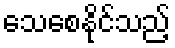
သေစေနိုင်သည့်